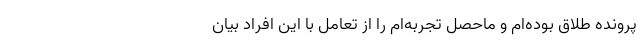
پرونده طلاق بوده‌ام و ماحصل تجربه‌ام را از تعامل با این افراد بیان